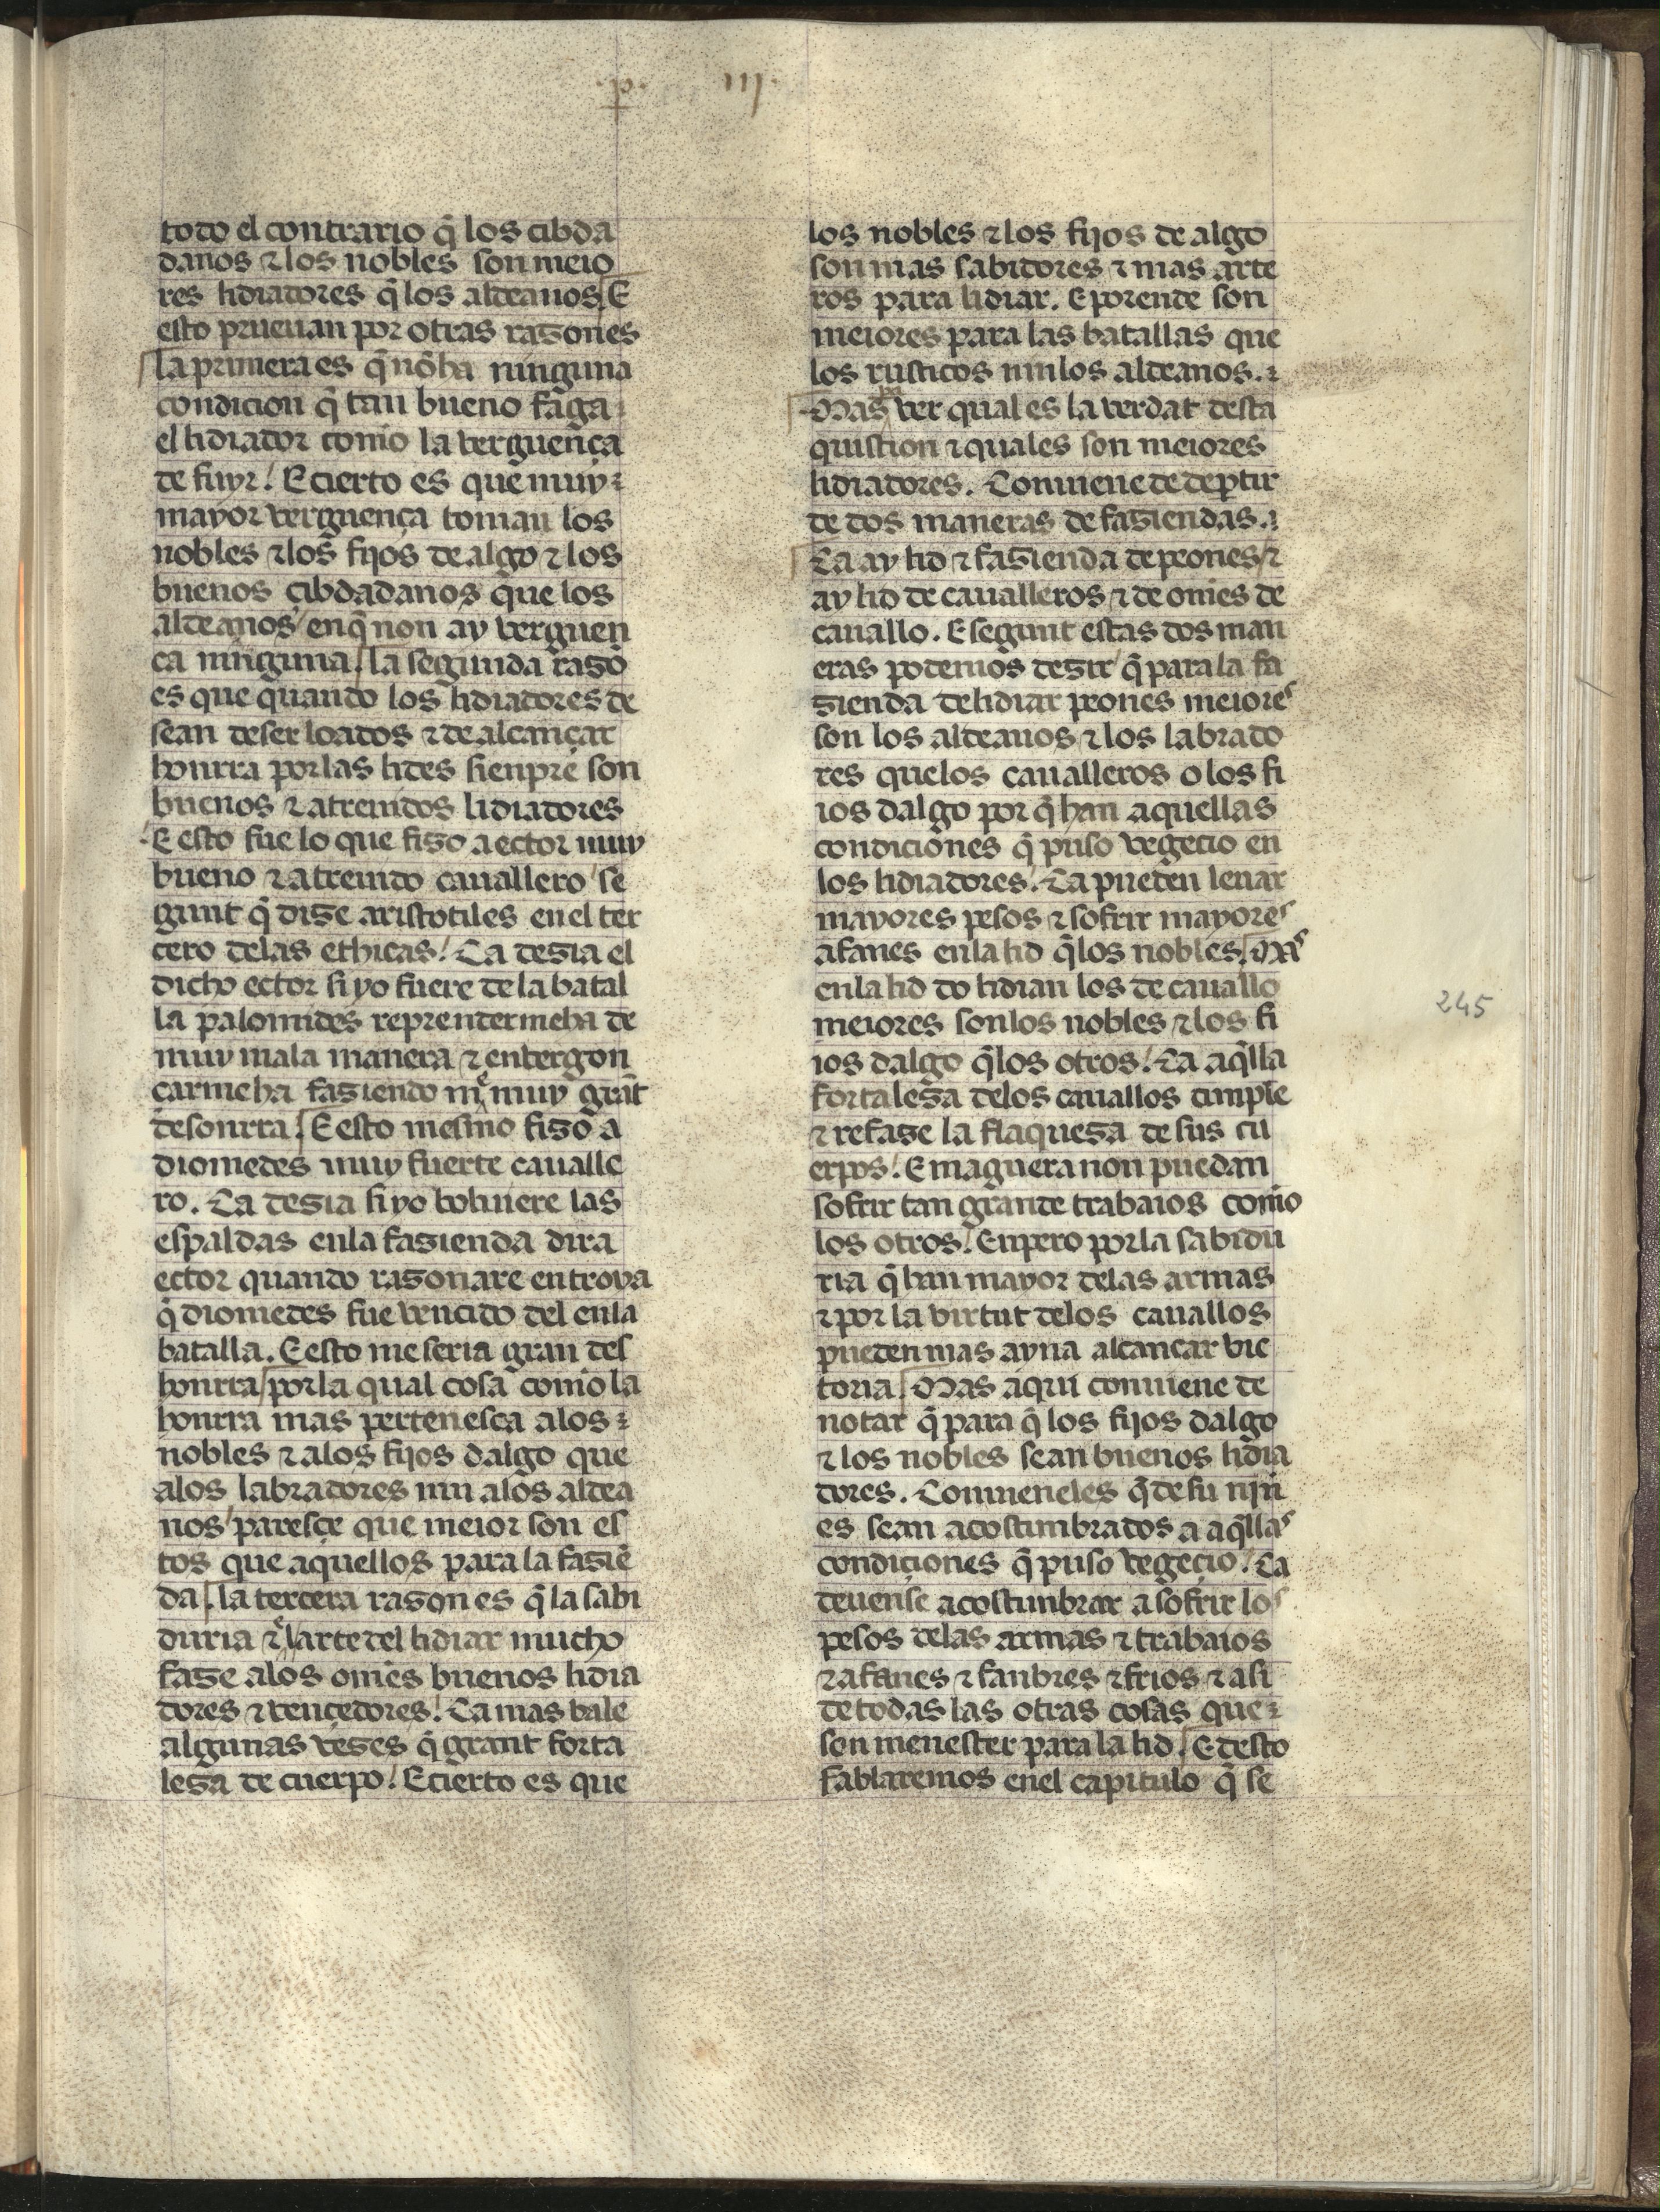
Shelfmark: Madrid, Fundación Lázaro Galdiano, mss 289
Century: 15